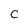
Character: C